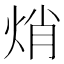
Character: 焇